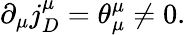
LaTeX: \partial_{\mu}j_{D}^{\mu}=\theta_{\mu}^{\mu}\neq 0.